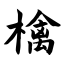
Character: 檎